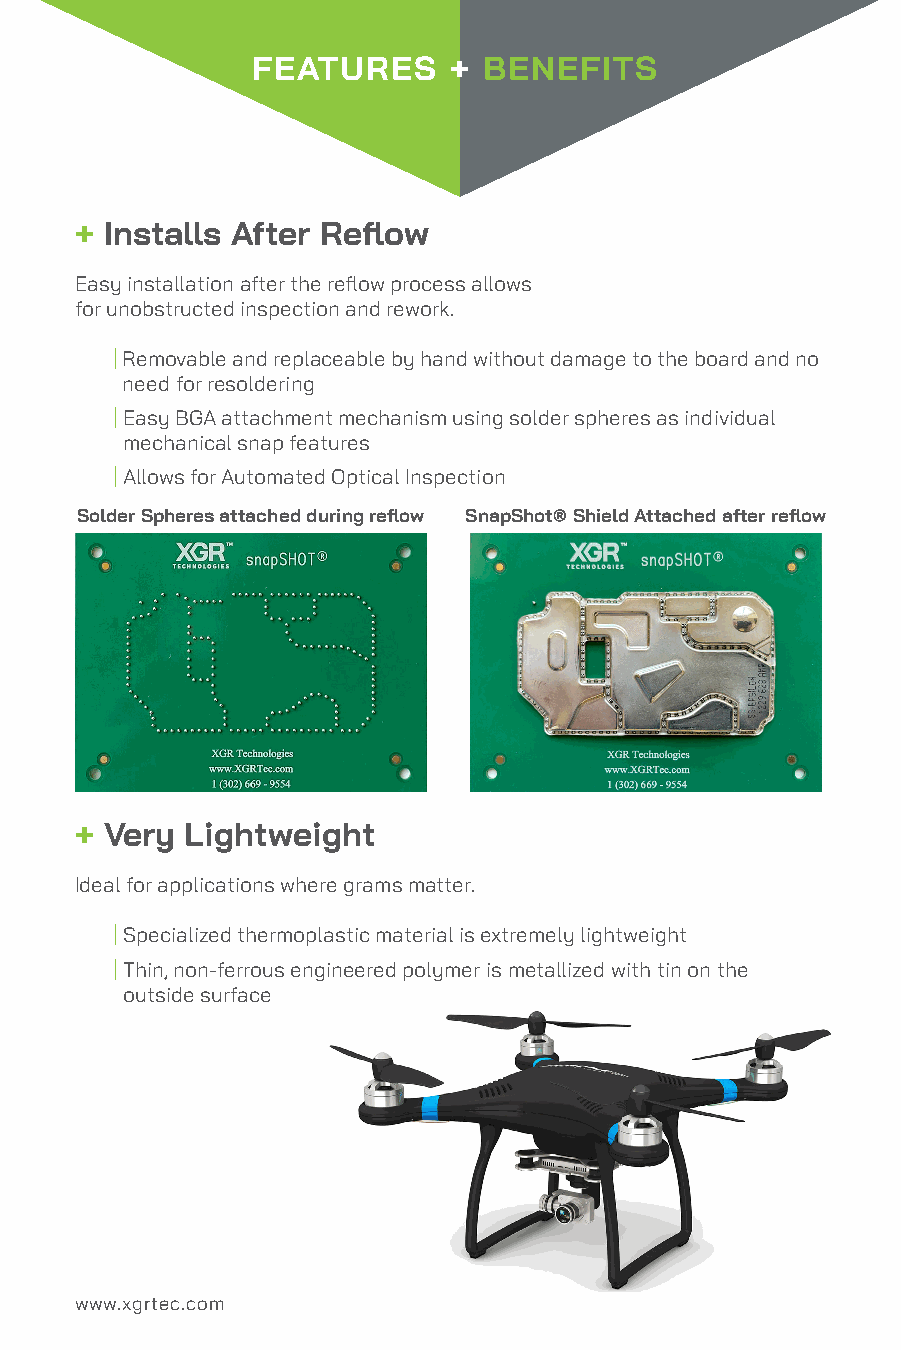
FEATURES     + BENEFITS
 + Installs After Reflow
 Easy installation after the reflow process allows
 for unobstructed inspection and rework.
 | Removable and replaceable by hand without damage to the board and no
 need for resoldering
 | Easy BGA attachment mechanism using solder spheres as individual
 mechanical snap features
 | Allows for Automated Optical Inspection
 Solder Spheres attached during reflow SnapShot® Shield Attached after reflow
 + Very Lightweight
 Ideal for applications where grams matter.
 | Specialized thermoplastic material is extremely lightweight
 | Thin, non-ferrous engineered polymer is metallized with tin on the
 outside surface
 www.xgrtec.com